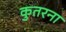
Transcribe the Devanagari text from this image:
कुतरना